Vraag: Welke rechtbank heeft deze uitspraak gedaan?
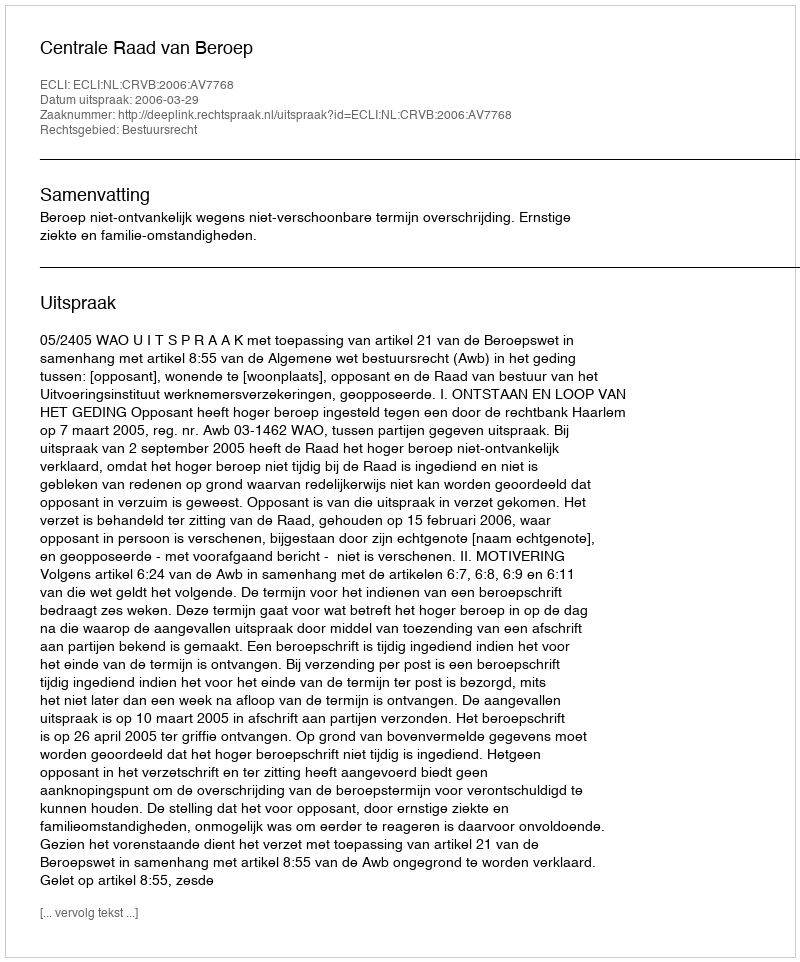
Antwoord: Centrale Raad van Beroep